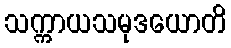
သက္ကာယသမုဒယောတိ